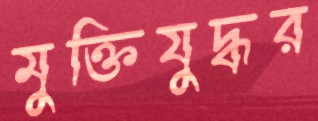
মুক্তিযুদ্ধর